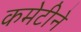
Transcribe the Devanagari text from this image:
कमेटीने